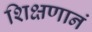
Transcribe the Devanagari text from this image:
शिक्षणानं